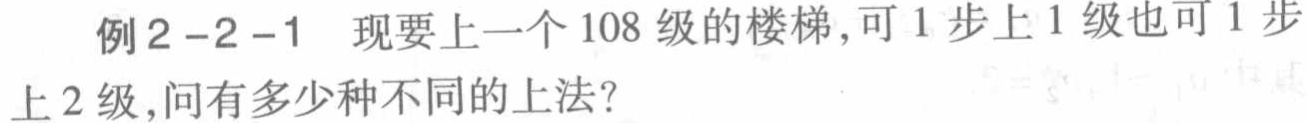
例2 - 2 - 1 现要上一个108级的楼梯，可1步上1级也可1步上2级，问有多少种不同的上法？